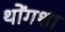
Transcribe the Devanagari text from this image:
थोंगशा